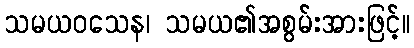
သမယဝသေန၊ သမယ၏အစွမ်းအားဖြင့်။